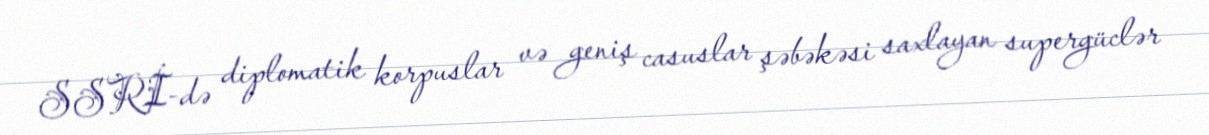
SSRİ-də diplomatik korpuslar və geniş casuslar şəbəkəsi saxlayan supergüclər